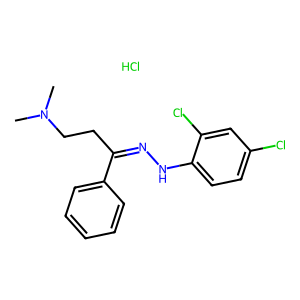
SMILES: CN(C)CCC(=NNc1ccc(Cl)cc1Cl)c1ccccc1.Cl
Inhibits HIV replication: No